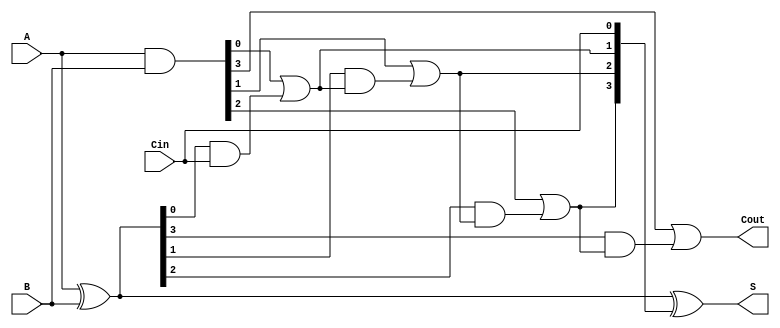
module ling_adder #(
    parameter N = 4 // Parametrization for the number of bits
)(
    input [N-1:0] A,       // Input A
    input [N-1:0] B,       // Input B
    input Cin,             // Carry-in
    output [N-1:0] S,      // Sum output
    output Cout            // Carry-out output
);

    // Internal signals for generate and propagate
    wire [N-1:0] G; // Generate signals
    wire [N-1:0] P; // Propagate signals
    wire [N:0] C;    // Carry signals (C[0] is the carry-in)

    // Calculate Generate and Propagate signals
    assign G = A & B;         // G[i] = A[i] AND B[i]
    assign P = A ^ B;         // P[i] = A[i] XOR B[i]

    // Carry signals calculation
    assign C[0] = Cin;        // C[0] = Cin

    generate
        genvar i;
        for (i = 0; i < N; i = i + 1) begin : carry_generation
            if (i == 0) begin
                assign C[i+1] = G[i] | (P[i] & C[i]);  // C[1] = G[0] + P[0]*C[0]
            end else begin
                assign C[i+1] = G[i] | (P[i] & C[i]);  // C[i+1] = G[i] + P[i]*C[i]
            end
        end
    endgenerate

    // Calculate the sum outputs
    assign S = P ^ C[N-1:0]; // S[i] = P[i] XOR C[i]

    // Carry-out is the last carry signal
    assign Cout = C[N];

endmodule